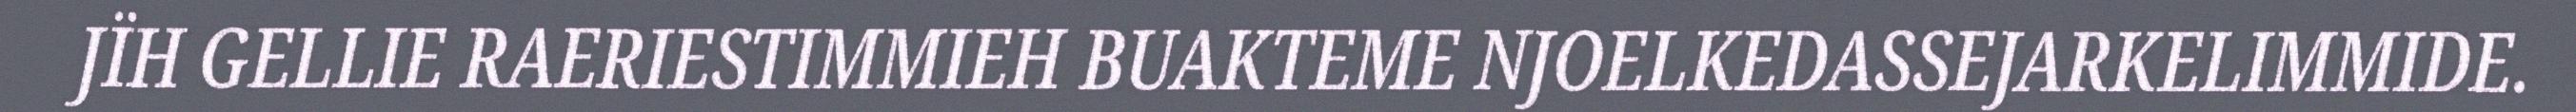
JÏH GELLIE RAERIESTIMMIEH BUAKTEME NJOELKEDASSEJARKELIMMIDE.